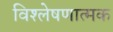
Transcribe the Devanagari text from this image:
विश्‍लेषणात्‍मक